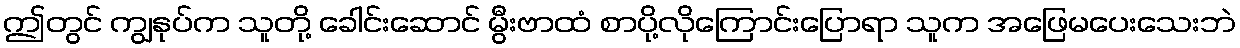
ဤတွင် ကျွနုပ်က သူတို့ ခေါင်းဆောင် မွီးဗာထံ စာပို့လိုကြောင်းပြောရာ သူက အဖြေမပေးသေးဘဲ